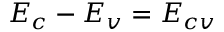
E _ { c } - E _ { v } = E _ { c v }